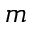
m